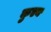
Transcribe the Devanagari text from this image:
कुएन